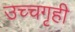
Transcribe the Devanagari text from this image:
उच्चगृही